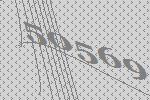
50569